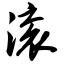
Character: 滚